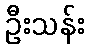
ဦးသန်း